Report on vaccination in Madras 1904-1921 - 1904-1921
Year: 1904
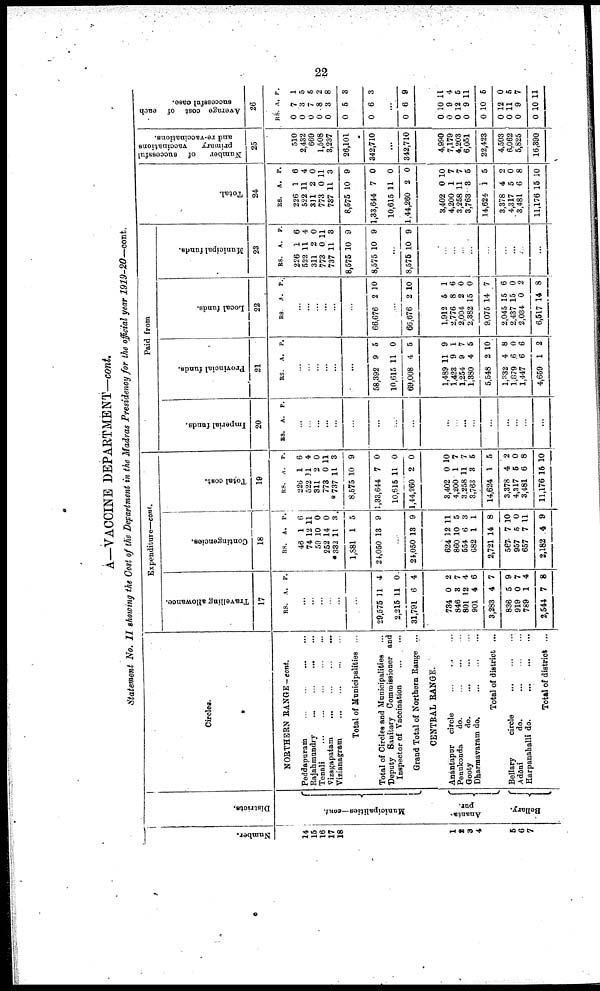
22
A—VACCINE DEPARTMENT—cont.
Statement No. II showing the Cost of the Department in the Madras Presidency for the official year 1919-20—cont.
Number.
14
15
16
17
18
1
2
3
4
5
6
7
Districts.
Municipalities—cont.
Ananta¬
pur.
Bellary.
Circles.
NORTHERN RANGE-cont.
Peddapuram
...
...
...
...
Rajahmundry
...
...
...
...
Tenali
...
...
...
...
...
Vizagapatam
...
...
...
...
Vizianagram
...
...
...
...
Total of Municipalities ...
Total of Circles and Municipalities
...
Deputy Sanitary Commissioner and
Inspector of Vaccination ... ...
Grand Total of Northern Range ...
CENTRAL RANGE.
Anantapur circle
...
...
...
Penukonda
do.
...
...
...
Gooty
do.
...
...
...
Dharmavaram do.
...
...
...
Total of district ...
Bellary
circle
...
...
...
Adōni
do.
...
...
...
Harpanahalli do.
...
...
...
Total of district ...
Expenditure—cont.
Travelling allowance.
17
RS. A. P.
...
...
...
...
...
...
29,575
2,215
31,791
11
11
6
4
0
4
734
846
801
901
3,283
836
919
789
2,544
0
3
12
4
4
5
0
1
7
2
7
4
6
7
9
7
4
8
Contingencies.
18
RS.
46
74
59
252
*332
1,881
24,050
A.
1
12
10
14
11
1
13
P.
6
11
0
0
3
5
9
...
21,050 13 9
624
860
554
682
2,721
567
957
657
2,182
12
10
6
1
14
7
5
7
4
11
5
3
1
8
10
0
11
9
Total cost.
19
RS.
226
522
311
773
*737
8,575
1,33,644
10,615
1,44,260
A.
1
11
2
0
11
10
7
11
2
P.
6
4
0
11
3
9
0
0
0
3,402
4,206
3,258
3,763
14,624
3,378
4,317
3,481
11,176
0
1
11
3
1
4
5
6
15
10
7
7
5
5
2
0
8
10
Paid from
Imperial funds.
20
RS. A. P.
...
...
...
...
...
...
...
...
...
...
...
...
...
...
...
...
...
...
Provincial funds.
21
RS. A. P.
...
...
...
...
...
...
58,392
10,615
69,008
9
11
4
5
0
5
1,489
1,423
1,254
1,380
5,548
1,332
1,879
1,447
4,659
11
9
9
4
2
4
6
6
1
9
1
7
5
10
8
0
6
2
Local funds.
22
RS. A. P.
...
...
...
...
...
...
66,676 2 10
...
66,676 2 10
1,912
2,776
2,004
2,382
9,075
2,045
2,437
2,034
6,517
5
8
2
15
14
15
15
0
14
1
6
0
0
7
6
0
2
8
Municipal funds.
23
RS.
226
522
311
773
737
8,575
8,575
A.
1
11
2
0
11
10
10
P.
6
4
0
11
3
9
9
...
8,576 10 9
...
...
...
...
...
...
...
...
...
Total.
24
RS.
226
522
311
773
737
8,575
1,33,644
10,615
1,44,260
A.
1
11
2
0
11
10
7
11
2
P.
6
4
0
11
3
9
0
0
0
3,402
4,200
3,258
3,763
14,624
3,378
4,317
3,481
11,176
0
1
11 8
1
4
5
6
15
10
7
7
5
5
2
0
8
10
Number
of successful
primary
vaccinations
and re-vaccinations.
25
510
2,432
669
1,508
3,237
26,101
342,710
...
342,710
4,990
7,179
4,203
6,051
22,423
4,503
6,062
5,825
16,390
Average cost of each
successful case.
26
RS.
0
0
0
0
0
0
0
A.
7
3
7
8
3
5
6
P.
1
5
5
2
8
3
3
...
0 6 9
0
0
0
0
0
0
0
0
0
10
9
12
9
10
12
11
9
10
11
4
5
11
5
0
5
7
11